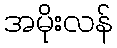
အမိုးလန်